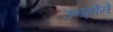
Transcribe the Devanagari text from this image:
उऩ्होंने